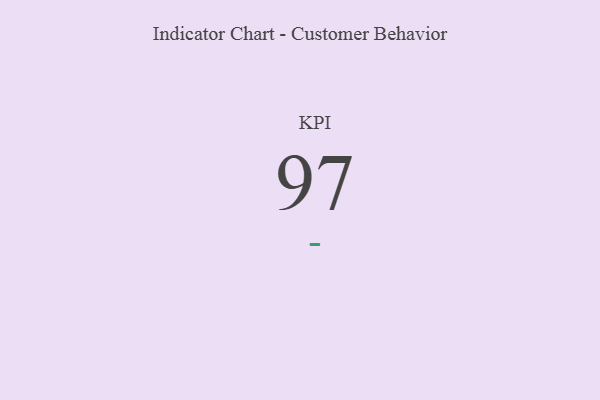
{"axis": {"x": "KPI", "y": "Value"}, "legend": [""], "data": [{"x": "KPI", "y": 97, "type": ""}]}